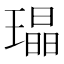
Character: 𤩜